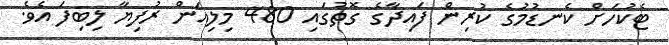
ޓެކުހަށް ކެނޑުމުގެ ކުރިން ފައިދާގެ ގޮތުގައި 480 މިލިއަން ރުފިޔާ ލިބިފަ އެވެ.